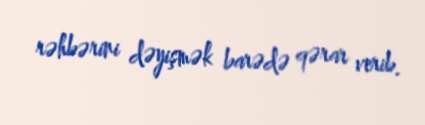
rəhbərini dəyişmək barədə qərar verib.